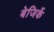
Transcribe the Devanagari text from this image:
बेजिर्के